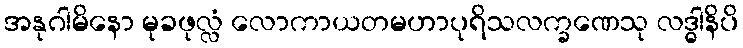
အနုဂါမိနော မုခဖုလ္လံ လောကာယတမဟာပုရိသလက္ခဏေသု လဒ္ဓါနိပိ